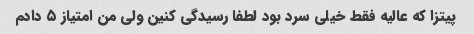
پیتزا که عالیه فقط خیلی سرد بود لطفا رسیدگی کنین ولی من امتیاز ۵ دادم